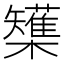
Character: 𭬷